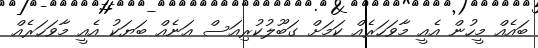
ބައެއް މީހުން އެއީ މާވަހަރެއް ކަމަށް ގަބޫލުކުރިއަސް އަނެއް ބަޔަކު އެއީ މާވަހަރެއް